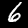
Digit: 6